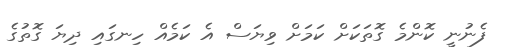
ފެނުނީ ކޮންމެ ގޮތަކަށް ކަމަށް ވިޔަސް އެ ކަމެއް ހިނގައި ދިޔަ ގޮތުގެ